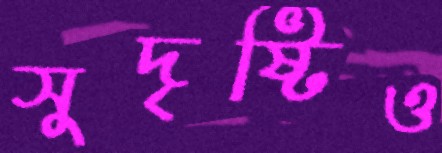
সুদৃষ্টিও